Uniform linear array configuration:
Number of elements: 24
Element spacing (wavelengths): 1
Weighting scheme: cosine
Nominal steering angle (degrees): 30
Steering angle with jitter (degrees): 29.394
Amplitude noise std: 0.05
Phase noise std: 0.05

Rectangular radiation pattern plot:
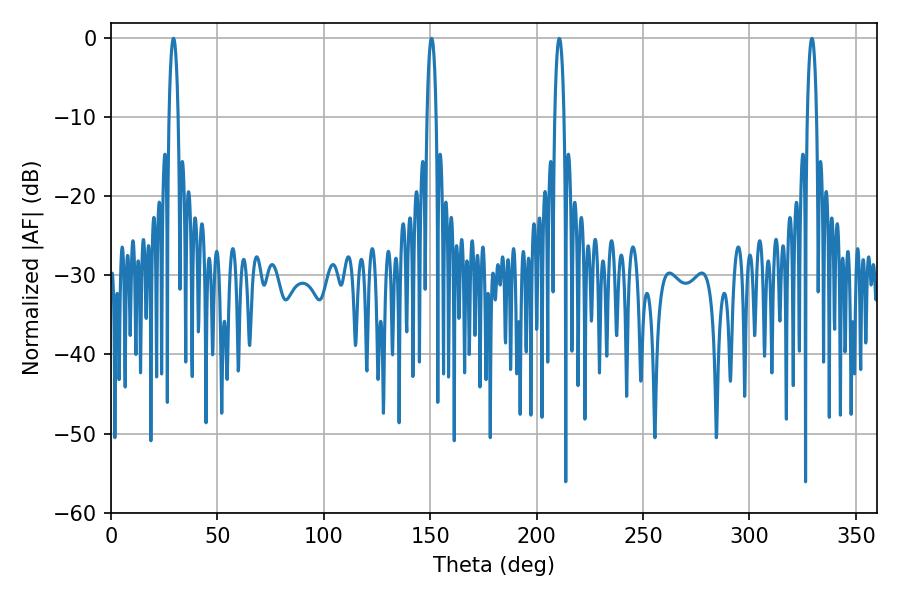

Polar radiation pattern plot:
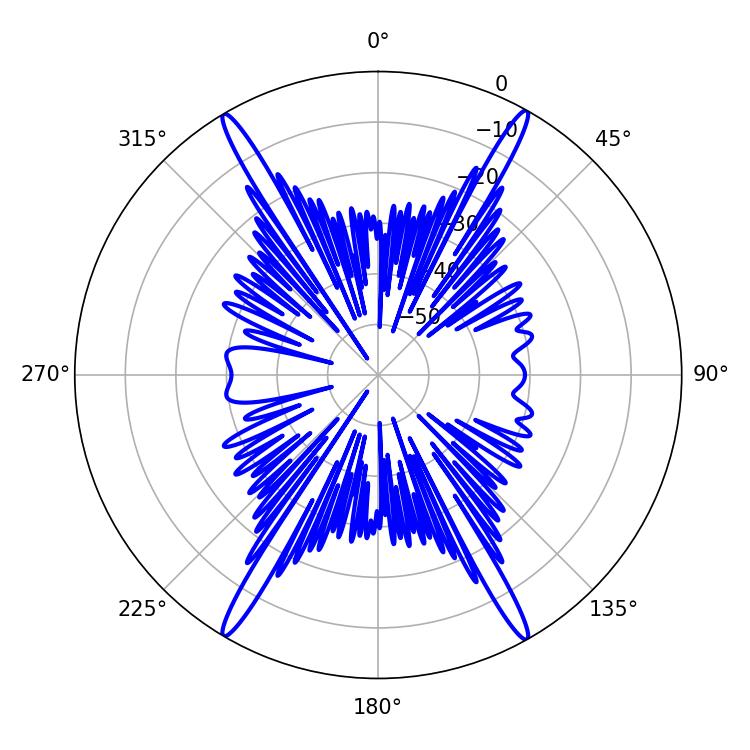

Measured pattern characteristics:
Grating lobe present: TRUE
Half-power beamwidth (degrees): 2.34
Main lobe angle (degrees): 29.34